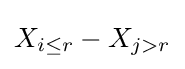
X_{i\leq r}-X_{j>r}